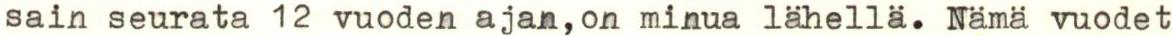
sain seurata 12 vuoden ajan,on minua lähellä. Nämä vuodet